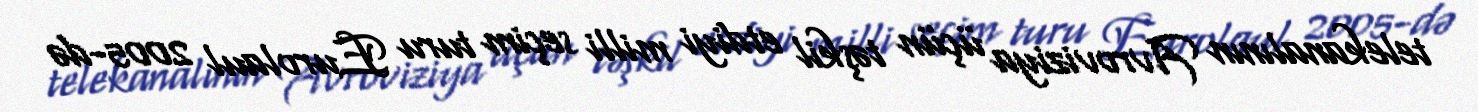
telekanalının Avroviziya üçün təşkil etdiyi milli seçim turu Eurolaul 2005-də